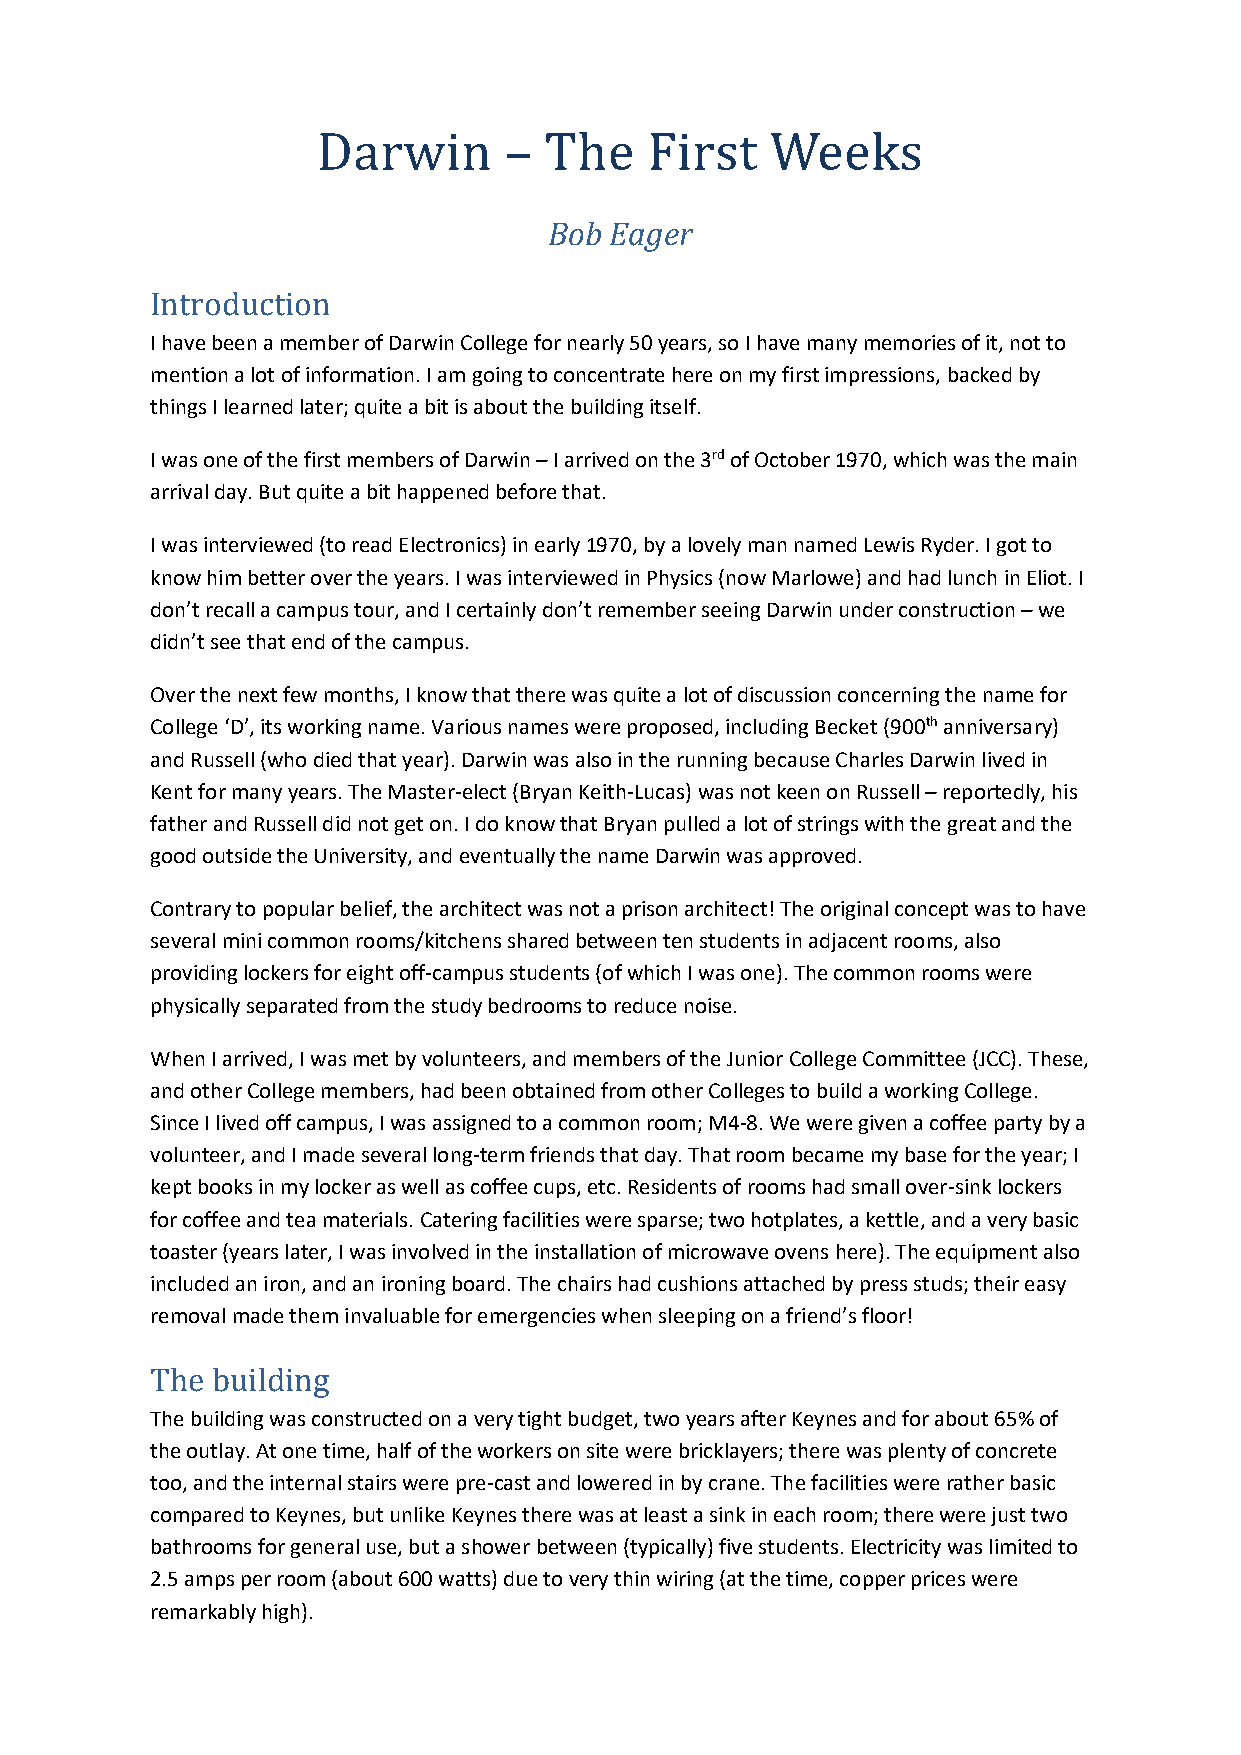
Darwin      –  The    First   Weeks
 Bob Eager
 Introduction
 I have been a member of Darwin College for nearly 50 years, so I have many memories of it, not to
 mention a lot of information. I am going to concentrate here on my first impressions, backed by
 things I learned later; quite a bit is about the building itself.
 I was one of the first members of Darwin – I arrived on the 3rd of October 1970, which was the main
 arrival day. But quite a bit happened before that.
 I was interviewed (to read Electronics) in early 1970, by a lovely man named Lewis Ryder. I got to
 know him better over the years. I was interviewed in Physics (now Marlowe) and had lunch in Eliot. I
 don’t recall a campus tour, and I certainly don’t remember seeing Darwin under construction – we
 didn’t see that end of the campus.
 Over the next few months, I know that there was quite a lot of discussion concerning the name for
 College ‘D’, its working name. Various names were proposed, including Becket (900th anniversary)
 and Russell (who died that year). Darwin was also in the running because Charles Darwin lived in
 Kent for many years. The Master-elect (Bryan Keith-Lucas) was not keen on Russell – reportedly, his
 father and Russell did not get on. I do know that Bryan pulled a lot of strings with the great and the
 good outside the University, and eventually the name Darwin was approved.
 Contrary to popular belief, the architect was not a prison architect! The original concept was to have
 several mini common rooms/kitchens shared between ten students in adjacent rooms, also
 providing lockers for eight off-campus students (of which I was one). The common rooms were
 physically separated from the study bedrooms to reduce noise.
 When I arrived, I was met by volunteers, and members of the Junior College Committee (JCC). These,
 and other College members, had been obtained from other Colleges to build a working College.
 Since I lived off campus, I was assigned to a common room; M4-8. We were given a coffee party by a
 volunteer, and I made several long-term friends that day. That room became my base for the year; I
 kept books in my locker as well as coffee cups, etc. Residents of rooms had small over-sink lockers
 for coffee and tea materials. Catering facilities were sparse; two hotplates, a kettle, and a very basic
 toaster (years later, I was involved in the installation of microwave ovens here). The equipment also
 included an iron, and an ironing board. The chairs had cushions attached by press studs; their easy
 removal made them invaluable for emergencies when sleeping on a friend’s floor!
 The building
 The building was constructed on a very tight budget, two years after Keynes and for about 65% of
 the outlay. At one time, half of the workers on site were bricklayers; there was plenty of concrete
 too, and the internal stairs were pre-cast and lowered in by crane. The facilities were rather basic
 compared to Keynes, but unlike Keynes there was at least a sink in each room; there were just two
 bathrooms for general use, but a shower between (typically) five students. Electricity was limited to
 2.5 amps per room (about 600 watts) due to very thin wiring (at the time, copper prices were
 remarkably high).